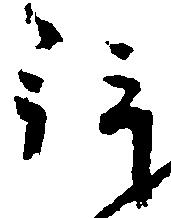
拝